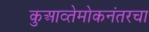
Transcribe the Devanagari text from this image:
कुआव्तेमोकनंतरचा